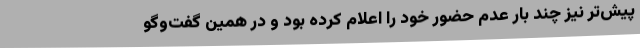
پیش‌تر نیز چند بار عدم حضور خود را اعلام کرده بود و در همین گفت‌وگو